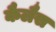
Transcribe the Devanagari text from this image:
कैलैस